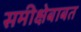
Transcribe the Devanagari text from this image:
समीक्षेबाबत